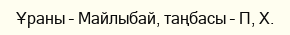
Ұраны – Майлыбай, таңбасы – П, Х.